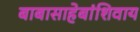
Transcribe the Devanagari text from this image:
बाबासाहेबांशिवाय